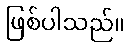
ဖြစ်ပါသည်။